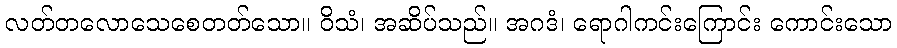
လတ်တလောသေစေတတ်သော။ ဝိသံ၊ အဆိပ်သည်။ အဂဒံ၊ ရောဂါကင်းကြောင်း ကောင်းသော